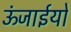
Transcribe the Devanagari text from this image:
ऊंजाईयों